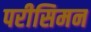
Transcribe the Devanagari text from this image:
परीसिमन